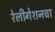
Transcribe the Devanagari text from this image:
रेलीगेशनचा